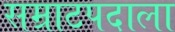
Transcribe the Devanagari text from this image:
सम्राटपदाला